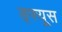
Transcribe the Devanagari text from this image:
ड्फ्यूस